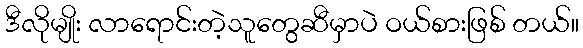
ဒီလိုမျိုး လာရောင်းတဲ့သူတွေဆီမှာပဲ ဝယ်စားဖြစ် တယ်။